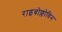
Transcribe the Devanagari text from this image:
राइबोफ्लोविन